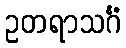
ဥတရာသင်္ဂံ